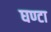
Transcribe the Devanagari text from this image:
घण्‍टा